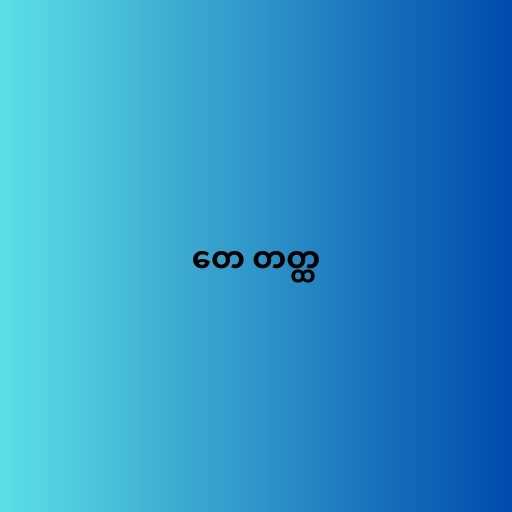
တေ တတ္ထ